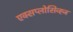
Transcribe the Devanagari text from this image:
एक्सप्लोसिव्ह्ज